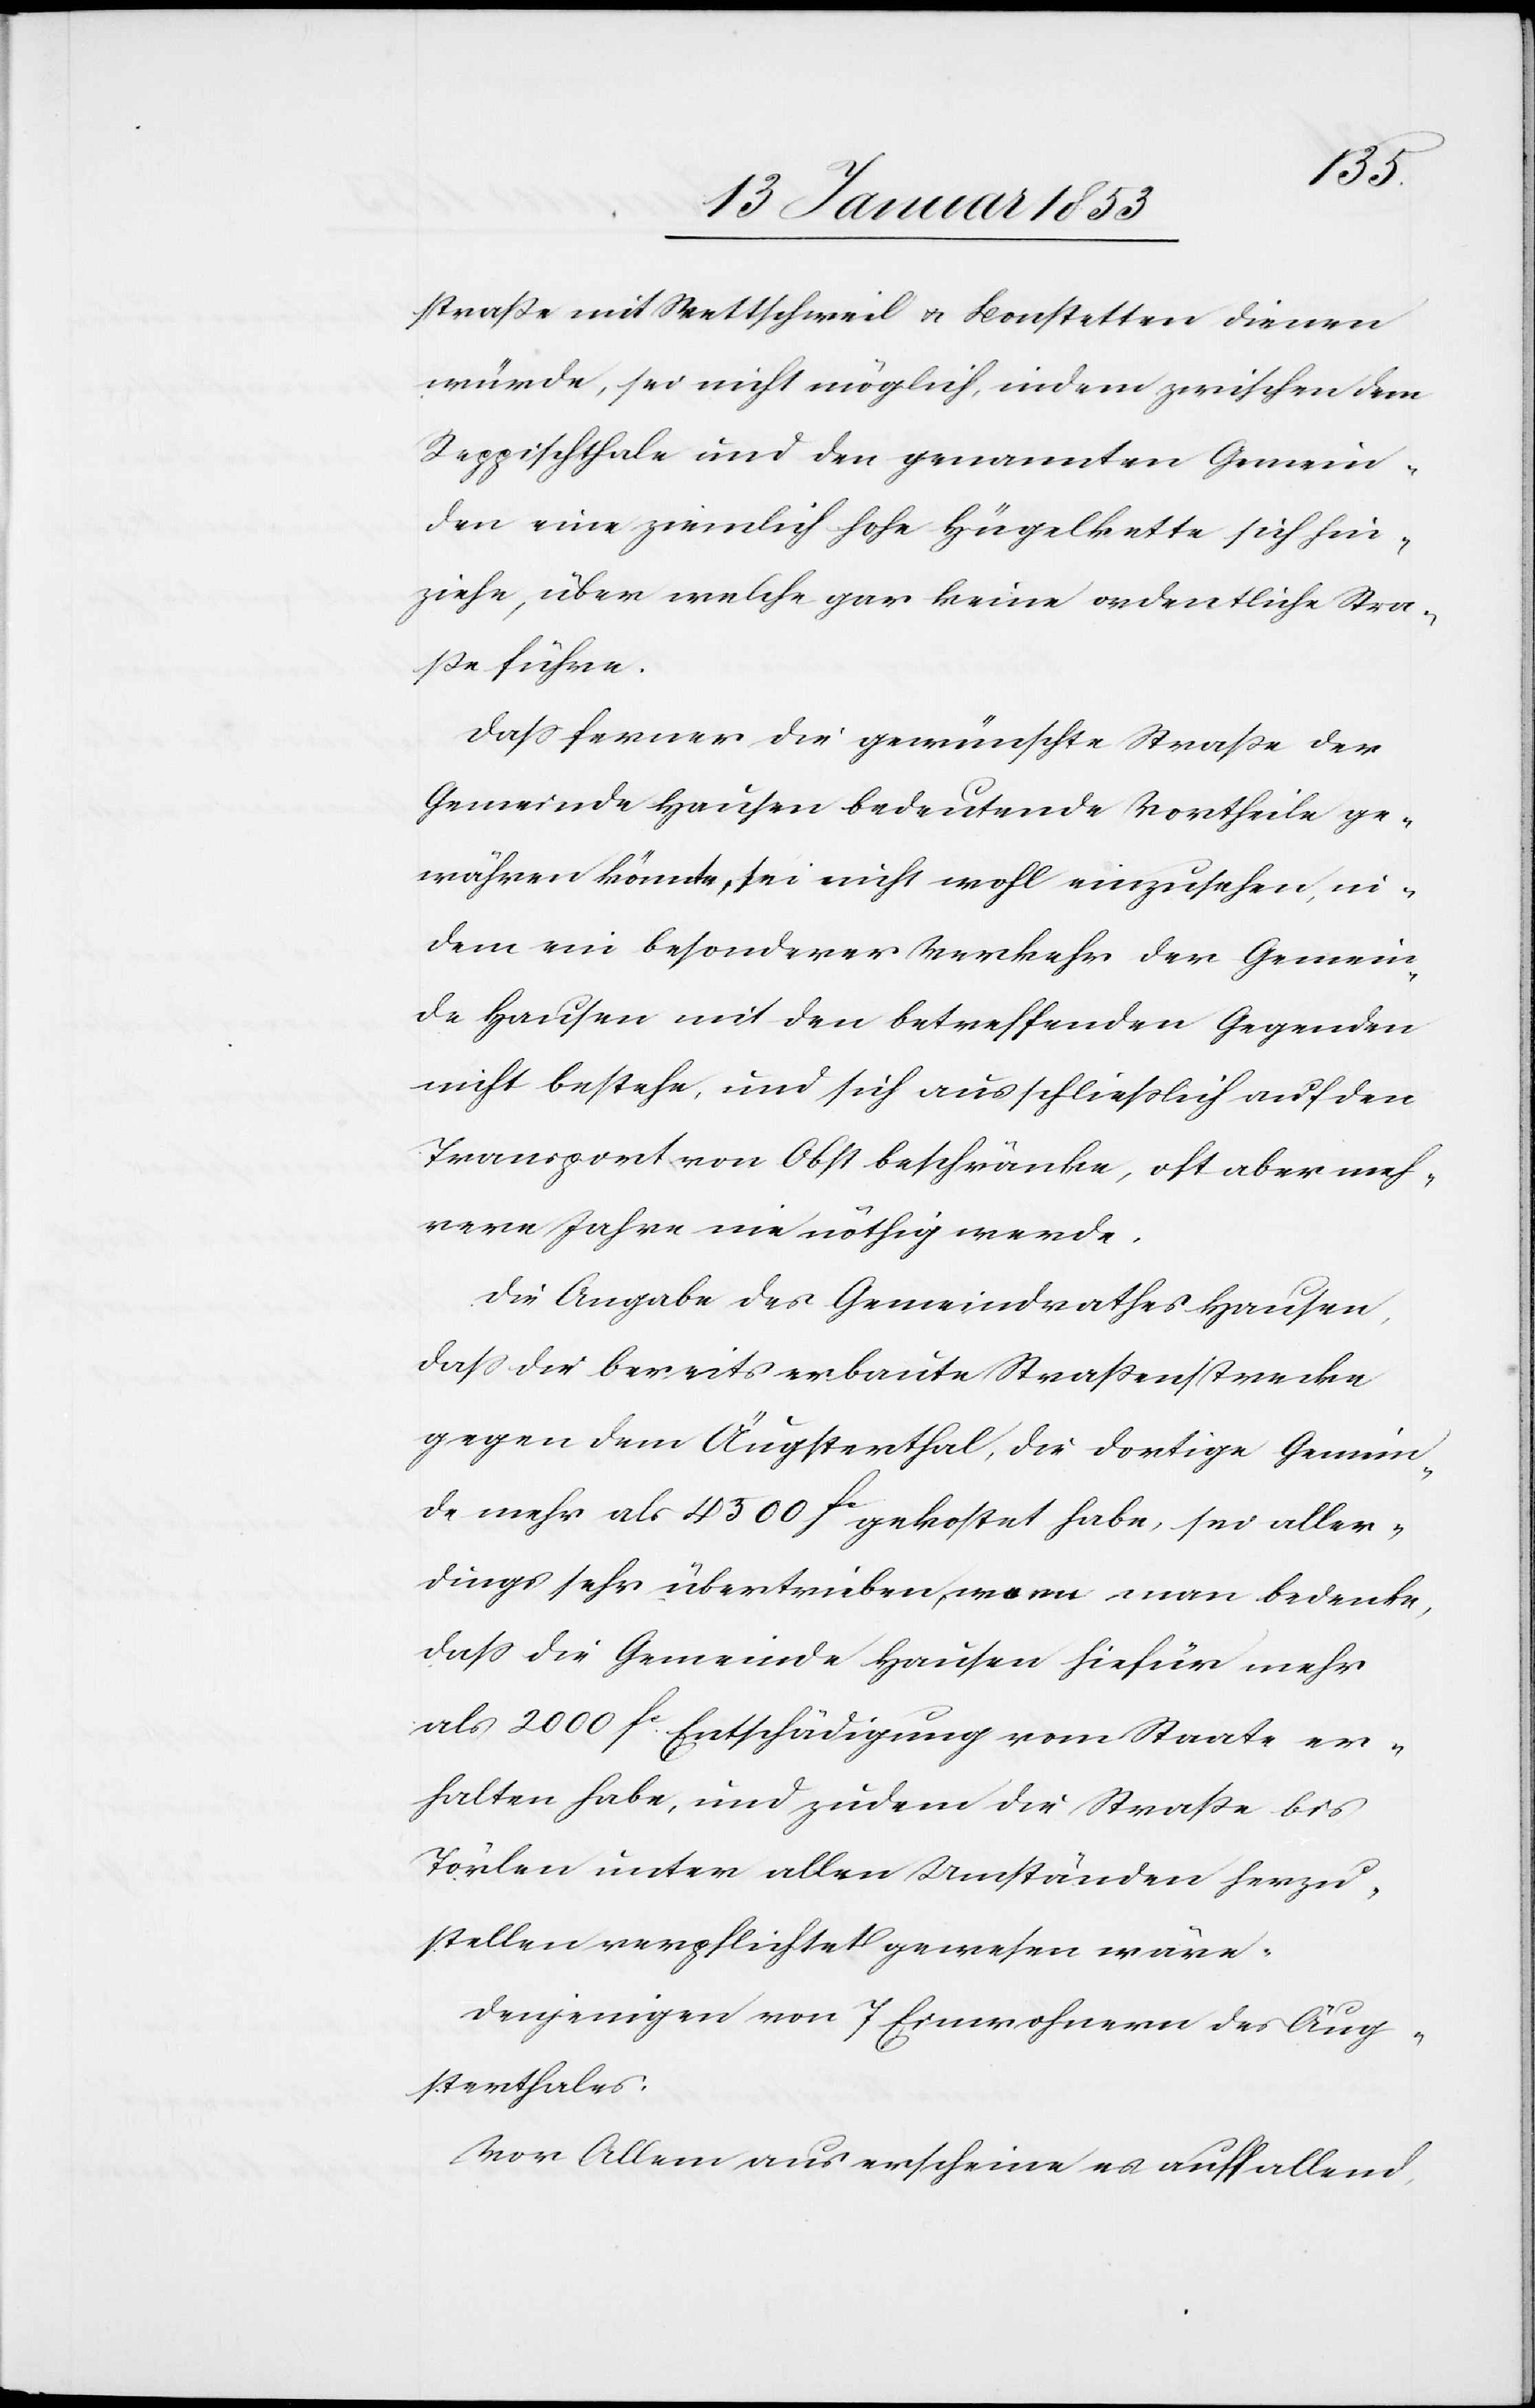
strasse mit Wettschweil u. Bonstetten dienen
würde, sei nicht möglich indem zwischen dem
Reppischthale und den genannten Gemein¬
den eine ziemlich hohe Hügelkette sich hin¬
ziehe, über welche gar keine ordentliche Stra¬
sse führe.
Dass ferner die gewünschte Strasse der
Gemeinde Hausen bedeutende Vortheile ge¬
währen könnte, sei nicht wohl einzusehen, in¬
dem ein besonderer Verkehr der Gemein¬
de Hausen mit den betreffenden Gegenden
nicht bestehe, und sich ausschließlich auf den
Transport von Obst beschränke, oft aber meh¬
rere Jahre nie nöthig werde.
Die Angabe des Gemeindrathes Hausen,
dass die bereits erbaute Strassenstrecke
gegen dem Äugsterthal, die dortige Gemein¬
de mehr als 4500 fr gekostet habe, sei aller¬
dings sehr übertrieben, wenn man bedenke,
dass die Gemeinde Hausen hiefür mehr
als 2000 fr Entschädigung vom Staate er¬
halten habe, und zudem die Strasse bis
Törlen unter allen Umständen herzu¬
stellen verpflichtet gewesen wäre.
Denjenigen von 7 Einwohnern des Äug¬
sterthales:
Vor Allem aus erscheine es auffallend